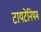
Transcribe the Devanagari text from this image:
टायटेनियम